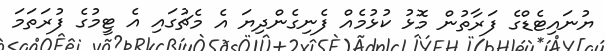
ޔުނައިޓެޑްގެ ފަރާތުން މޮޅު ކުޅުމެއް ފެނިގެންދިޔަ އެ މެޗުގައި އެ ޓީމުގެ ފުރަތަމަ